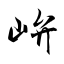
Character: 峅